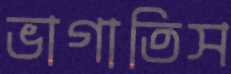
ভাগাতিস